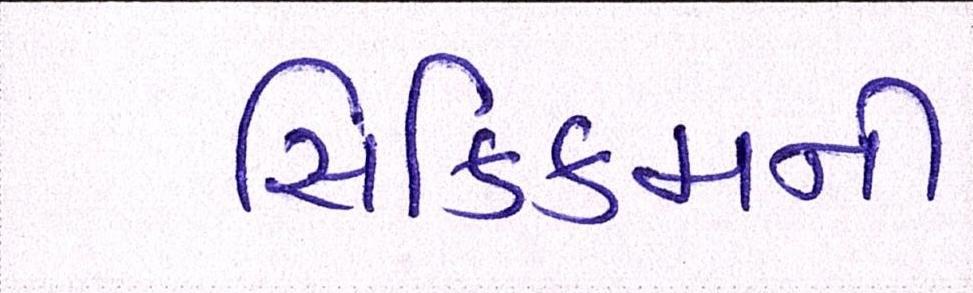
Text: સિક્કિમની